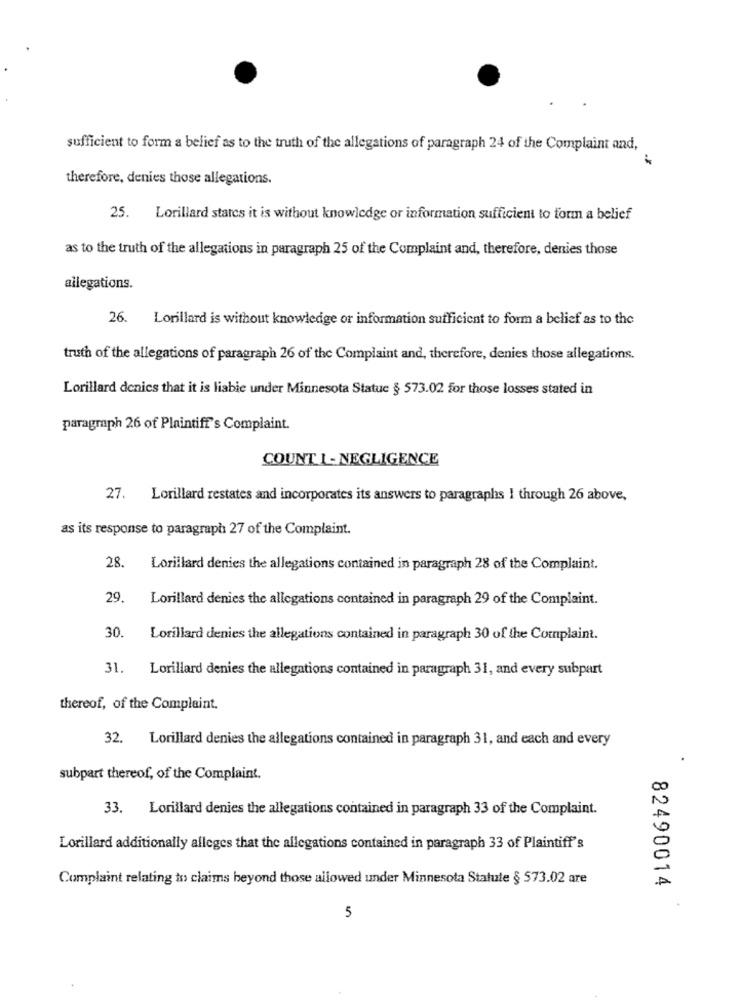
sufficient to form a belief as to the truth of the allegations of paragraph 24 of the Complaint and,
.F
therefore, denies those allegations.
25. Lorillard states it is without knowledge or information sufficient to form a belief
as to the truth of the allegations in paragraph 25 of the Complaint and, therefore, denies those
allegations.
26. Lorillard is without knowledge or information sufficient to form a belief as to the
truth of the allegations of paragraph 26 of the Complaint and, therefore, denies those allegations.
Lorillard denies that it is liable under Minnesota Statue § 573.02 for those losses stated in
paragraph 26 of Plaintiff's Complaint.
COUNT 1- NEGLIGENCE
27. Lorillard restates and incorporates its answers to paragraphs ! through 26 above,
as its response to paragraph 27 of the Complaint.
28.
Lorillard denies the allegations contained in paragraph 28 of the Complaint.
29.
Lorillard denies the allegations contained in paragraph 29 of the Complaint.
30
Lorillard denies the allegations contained in paragraph 30 of the Complaint.
31.
Lorillard denies the allegations contained in paragraph 31, and every subpart
thereof, of the Complaint.
32. Lorillard denies the allegations contained in paragraph 31, and each and every
subpart thereof, of the Complaint.
33. Lorillard denies the allegations contained in paragraph 33 of the Complaint.
Lorillard additionally alleges that the allegations contained in paragraph 33 of Plaintiff's
Complaint relating to claims beyond those allowed under Minnesota Statute § 573.02 are
82490014
5